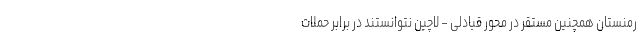
رمنستان همچنین مستقر در محور قبادلی – لاچین نتوانستند در برابر حملات